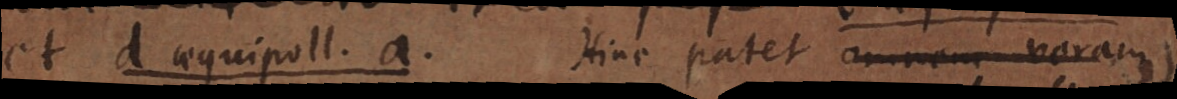
et d aequipoll. a. Hinc patet omnem veram